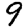
Digit: 9